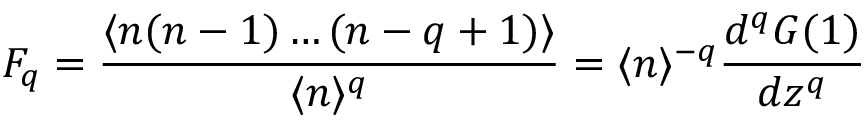
F _ { q } = \frac { \langle n ( n - 1 ) \ldots ( n - q + 1 ) \rangle } { \langle n \rangle ^ { q } } = \langle n \rangle ^ { - q } \frac { d ^ { q } G ( 1 ) } { d z ^ { q } }